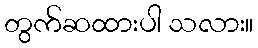
တွက်ဆထားပါ သလား။